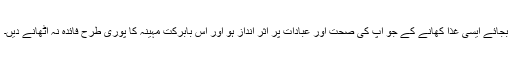
بجائے ایسی غذا کھانے کے جو آپ کی صحت اور عبادات پر اثر انداز ہو اور اس بابرکت مہینہ کا پوری طرح فائدہ نہ اٹھانے دیں۔